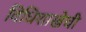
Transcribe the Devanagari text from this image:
विधिशाखेची